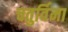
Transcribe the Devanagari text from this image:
चतुर्विमा